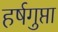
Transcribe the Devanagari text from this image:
हर्षगुप्ता